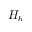
H _ { b }